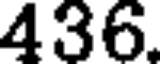
436.